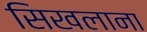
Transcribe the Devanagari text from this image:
सिखलाना